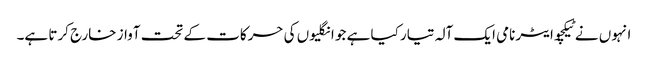
انہوں نے ٹیکچوایٹر نامی ایک آلہ تیار کیا ہے جو انگلیوں کی حرکات کے تحت آواز خارج کرتا ہے۔